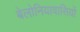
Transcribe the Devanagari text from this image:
बेलोनियावासियों